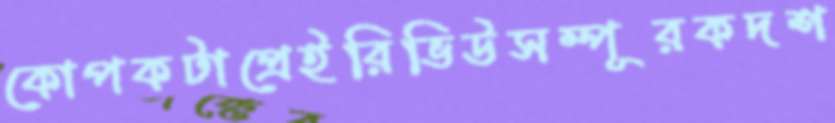
কোপকটাপ্রেইরিভিউসম্পূরকদশ